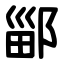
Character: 䣎